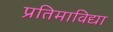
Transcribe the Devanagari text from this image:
प्रतिमाविद्या